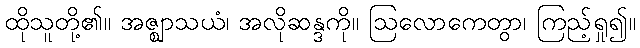
ထိုသူတို့၏။ အဇ္ဈာသယံ၊ အလိုဆန္ဒကို။ ဩလောကေတွာ၊ ကြည့်ရှု၍။